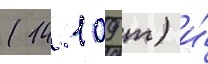
(14 109 т) и́